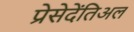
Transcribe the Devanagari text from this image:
प्रेसेदेंतिअल